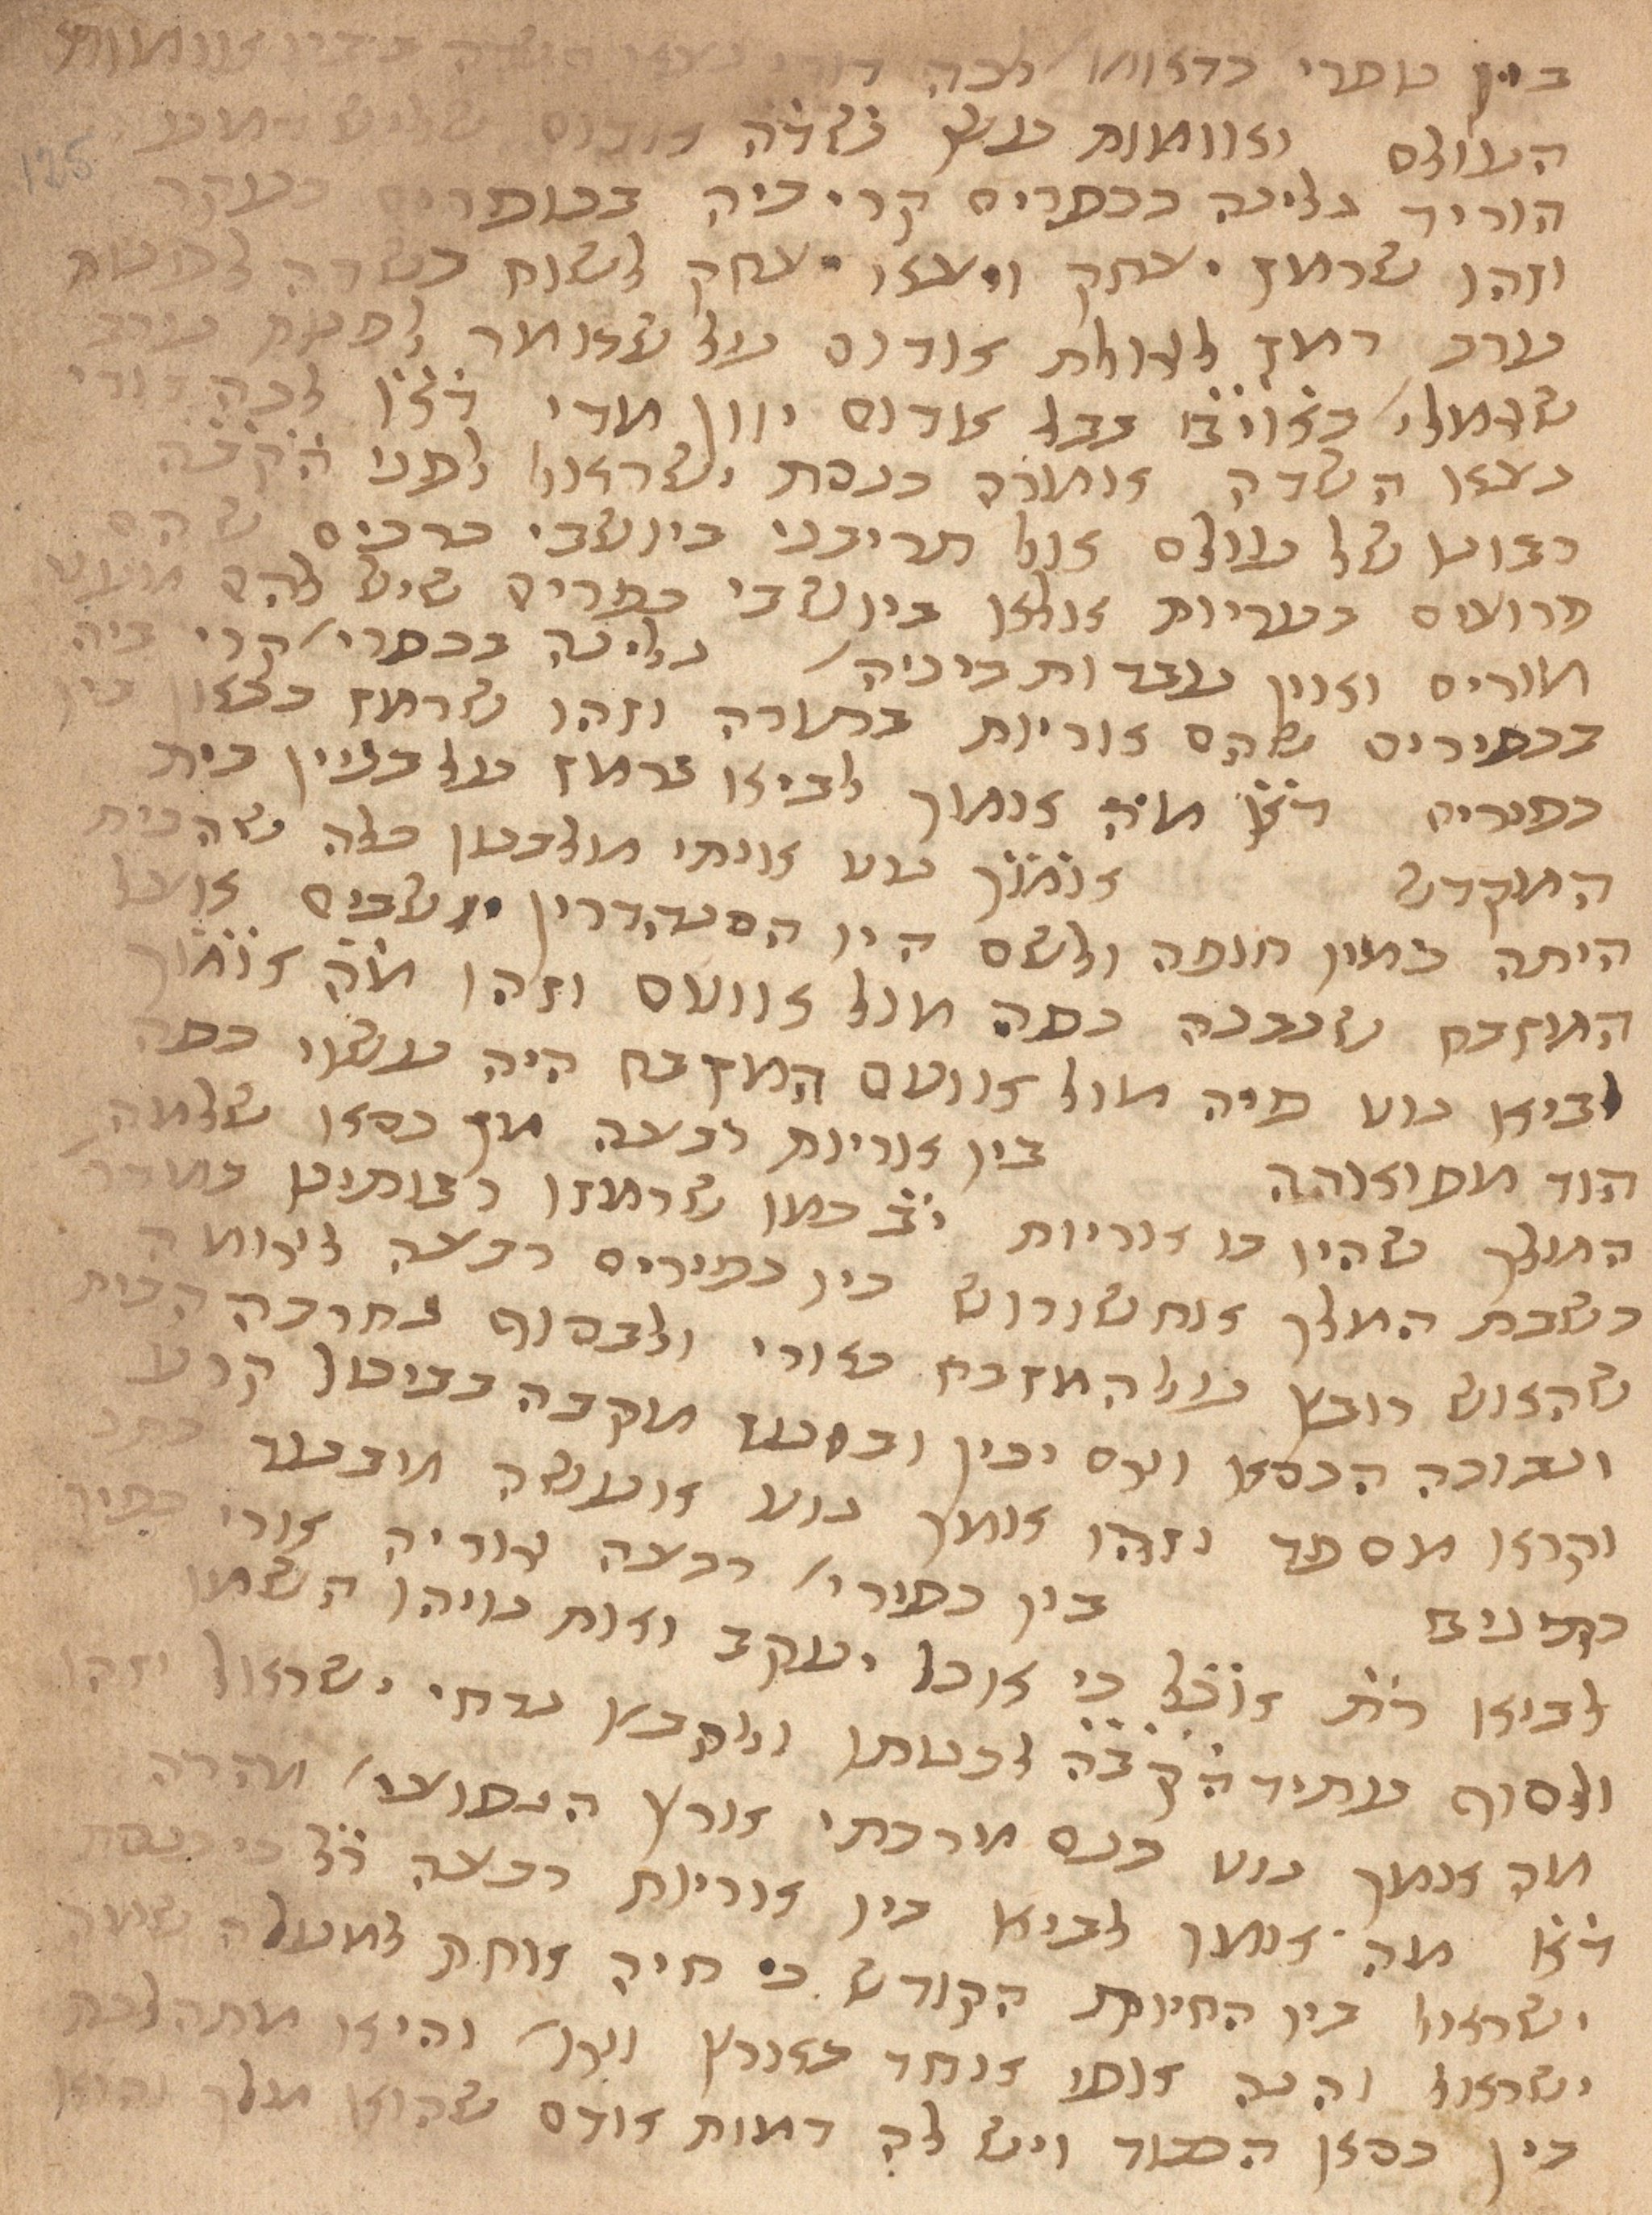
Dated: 1435–1465